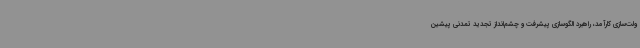
ولت‌سازی کارآمد، راهبرد الگوسازی پیشرفت و چشم‌انداز تجدید تمدنی پیشین